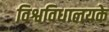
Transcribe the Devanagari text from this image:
विश्वविधालयके